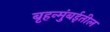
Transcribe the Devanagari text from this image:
बृहन्मुंबईतील